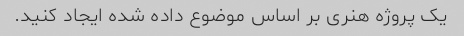
یک پروژه هنری بر اساس موضوع داده شده ایجاد کنید.